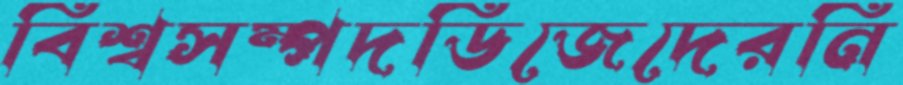
বিশ্বসম্পদডিজেদেরনি